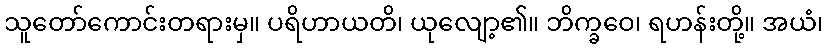
သူတော်ကောင်းတရားမှ။ ပရိဟာယတိ၊ ယုလျော့၏။ ဘိက္ခဝေ၊ ရဟန်းတို့။ အယံ၊